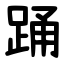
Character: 踊